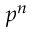
p ^ { n }